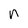
Character: n